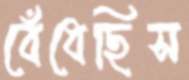
বেঁধেছিস